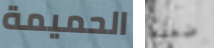
الحميمة ضعفه